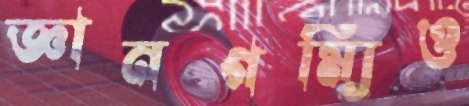
জ্ঞানগম্যিও